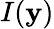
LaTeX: I(\mathbf{y})